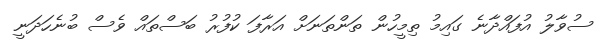
ސުވާލު އުފައްދާނެ ގައިމު ތިމީހުން ތަންތަނަށް އަރާފަ ކުފުރު ބަސްތައް ވެސް ބުނެހަދަނީ